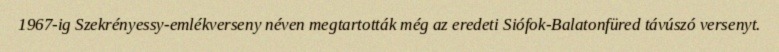
1967-ig Szekrényessy-emlékverseny néven megtartották még az eredeti Siófok-Balatonfüred távúszó versenyt.